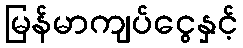
မြန်မာကျပ်ငွေနှင့်